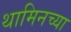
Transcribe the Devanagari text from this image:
थामिनच्या